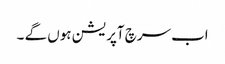
اب سرچ آپریشن ہوں گے ۔